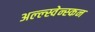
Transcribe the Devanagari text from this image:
अल्ल्स्वेन्स्कन